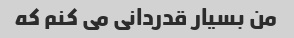
من بسیار قدردانی می کنم که